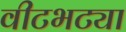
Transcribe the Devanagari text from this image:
वीटभट्या